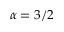
\alpha = 3 / 2